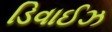
ડિવાઈઝ